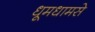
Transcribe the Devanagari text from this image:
धूमधामसे